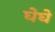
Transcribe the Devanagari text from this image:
घेघे